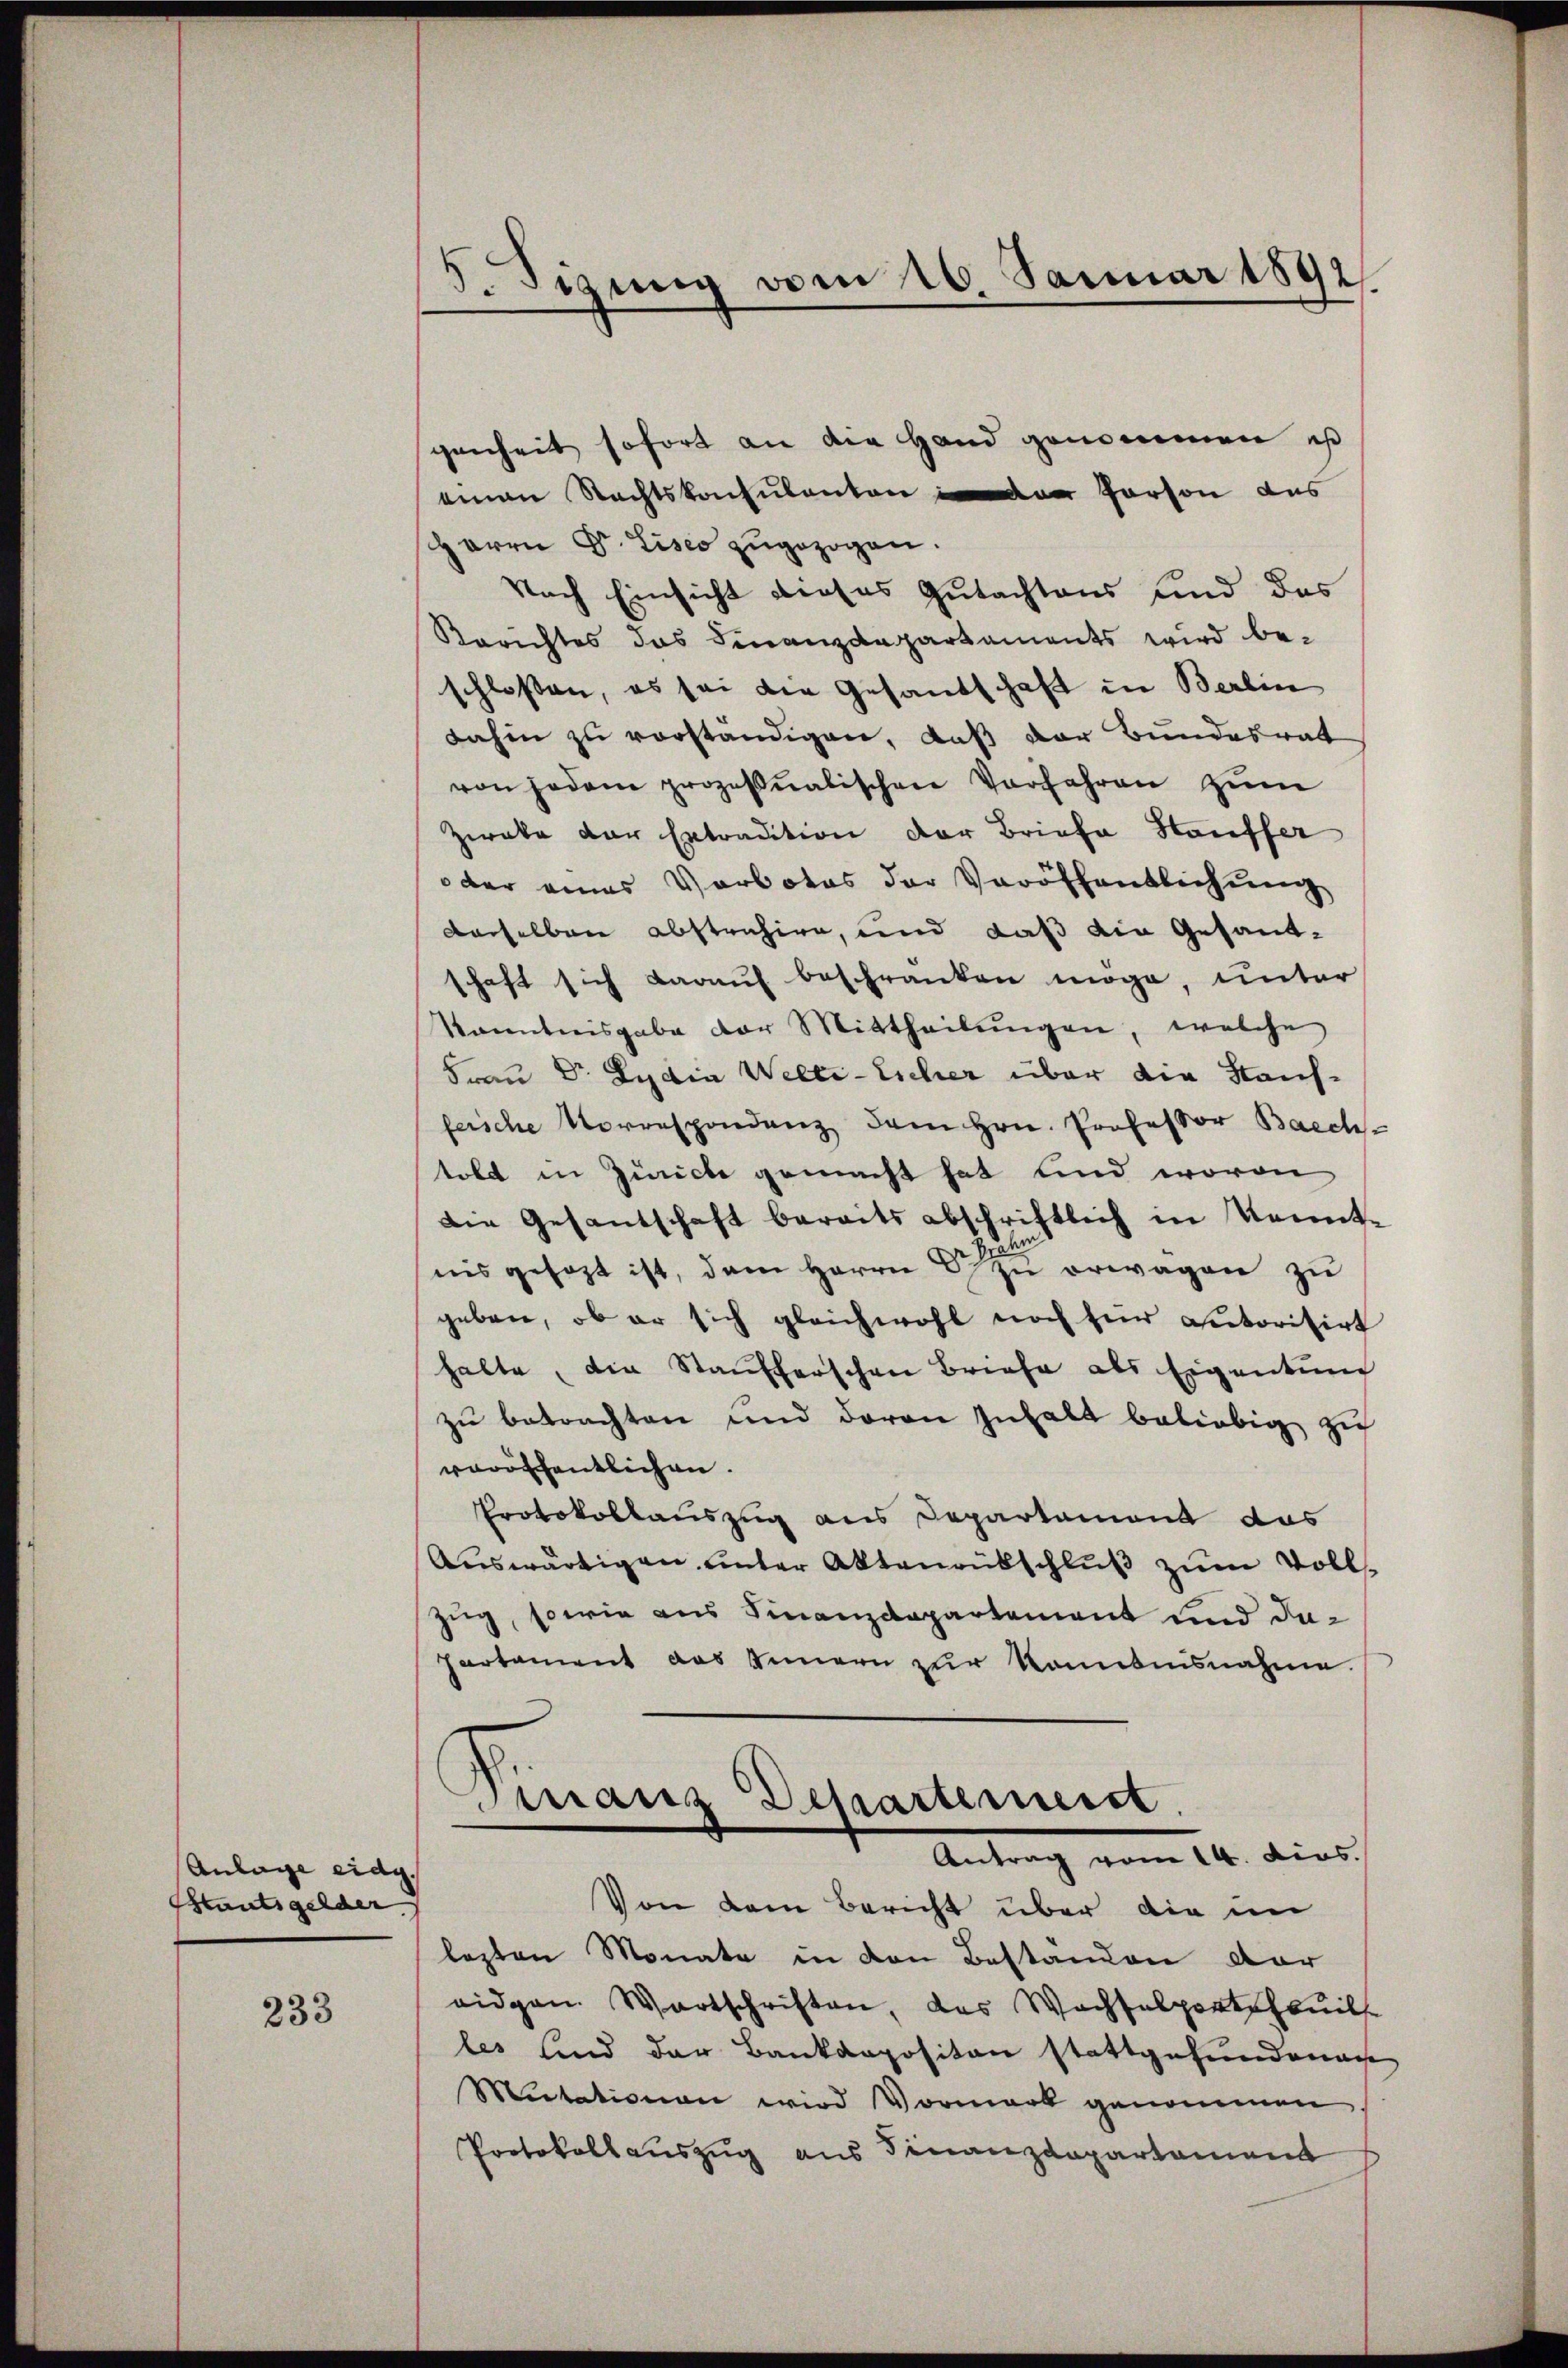
Anlage eidg
Staatsgelder

233

5. Sigung vom 16. Januar 1892
s

genheit sofort an die Hand genommen is
einen Rechtskonsulanten der Person das
Herrn Dr. Liseo zugezogen.
Nach Einsicht dieses Gutachtens und des
Rerichtes das Finanzdepartaments wird beschlossen, es sei die Gesandschaft in Berlin
dahin zu vorständigen, daß der Bundesrat
von jedem prozessualischen Vorfahren zŭm
Zweke der Entradition der Briefe Häuffer
oder eines Vorbotes der Veröffentlichŭng
derselben abstrahire, und daß die Gesandschaft sich darauf beschranken möge, unter
kanntnisgabe der Mittheilŭngen, welche
Frau Dr. Lydia Welti-Escher über die Kauffersche Vorrespondenz dem Hrn. Professor Baech-
tolt in Zürich gemacht hat und wovon
Die Gesantschaft bereits abschriftlich in konnte
nis gesagt ist, dem Herrn G. zu erwagen zu
geben, ob er sich gleichwohl noch für autoritirt
halte, die Staufferschen Briefe als Eigentum
zu betrachten und davon Inhalt beliebig zu
veröffentlichen.
Protokollauszug aus Departament das
Auswärtigen unter Aktenrübschluß zum Voll-
Zug, sowie aus Finanzdepartement und da¬
Partement das Innern zur Kombinsnahme.
Finanz Dessartemeist.
Antrag vom 14. dies.
Von dem Bericht über die im
lezten Monate in den Bestanden dar
eidgen. Wartschriften, das Wachselportheil
les und der Bankaopositän stattgefundenen
Mutationen wird Vormark genommen,
Protokollaŭszŭg aŭs Finanzdepartament